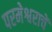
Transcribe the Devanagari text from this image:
परमेश्वराचें